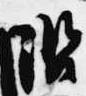
諮